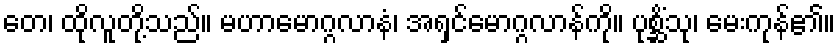
တေ၊ ထိုလူတို့သည်။ မဟာမောဂ္ဂလာနံ၊ အရှင်မောဂ္ဂလာန်ကို။ ပုစ္ဆိံသု၊ မေးကုန်၏။